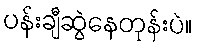
ပန်းချီဆွဲနေတုန်းပဲ။